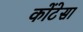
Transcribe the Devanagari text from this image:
कोंटेसा